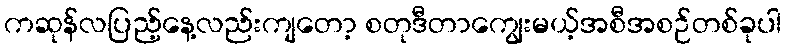
ကဆုန်လပြည့်နေ့လည်းကျတော့ စတုဒီတာကျွေးမယ့်အစီအစဉ်တစ်ခုပါ